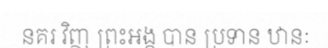
នគរ វិញ ព្រះអង្គ បាន ប្រទាន ឋានៈ